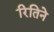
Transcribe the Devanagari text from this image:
रितिने